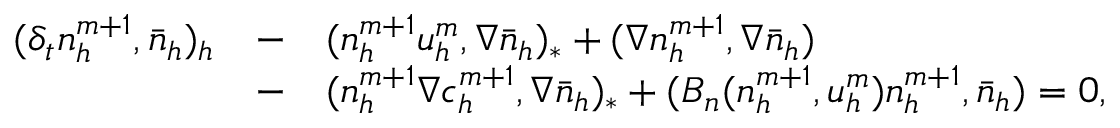
\begin{array} { r c l } { ( \delta _ { t } n _ { h } ^ { m + 1 } , \bar { n } _ { h } ) _ { h } } & { - } & { ( n _ { h } ^ { m + 1 } { \boldsymbol u } _ { h } ^ { m } , \nabla \bar { n } _ { h } ) _ { * } + ( \nabla n _ { h } ^ { m + 1 } , \nabla \bar { n } _ { h } ) } \\ & { - } & { ( n _ { h } ^ { m + 1 } \nabla c _ { h } ^ { m + 1 } , \nabla \bar { n } _ { h } ) _ { * } + ( B _ { n } ( n _ { h } ^ { m + 1 } , { \boldsymbol u } _ { h } ^ { m } ) n _ { h } ^ { m + 1 } , \bar { n } _ { h } ) = 0 , } \end{array}